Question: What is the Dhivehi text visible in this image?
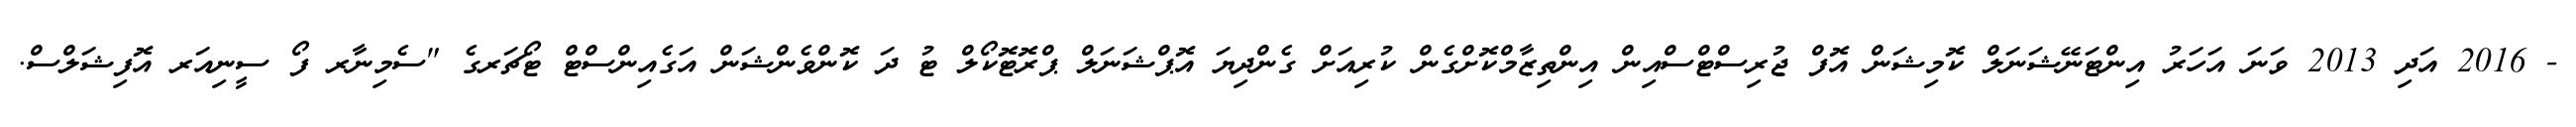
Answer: - 2016 އަދި 2013 ވަނަ އަހަރު އިންޓަނޭޝަނަލް ކޮމިޝަން އޮފް ޖުރިސްޓްސްއިން އިންތިޒާމްކޮށްގެން ކުރިއަށް ގެންދިޔަ އޮޕްޝަނަލް ޕްރޮޓޮކޯލް ޓު ދަ ކޮންވެންޝަން އަގެއިންސްޓް ޓޯޗަރގެ "ސެމިނާރ ފޯ ސީނިއަރ އޮފިޝަލްސް.